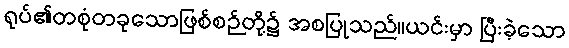
ရုပ်၏တစုံတခုသောဖြစ်စဉ်တို့၌ အစပြုသည်။ယင်းမှာ ပြီးခဲ့သော